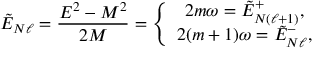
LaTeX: \tilde { E } _ { N \ell } = { \frac { E ^ { 2 } - M ^ { 2 } } { 2 M } } = \left\{ \begin{array} { c } { { 2 m \omega = \tilde { E } _ { N ( \ell + 1 ) } ^ { + } , } } \\ { { 2 ( m + 1 ) \omega = \tilde { E } _ { N \ell } ^ { - } , } } \end{array} \right.